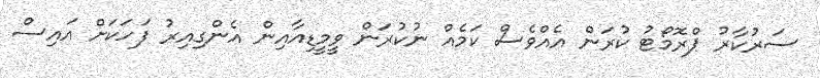
ސަރުކާރު ޕްރޮމޯޓު ކުރަން އެއްވެސް ކަމެއް ނުކުރަން ވީމީޑިއާއިން އެންގިއިރު ފަހަކަށް އައިސް